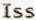
ISS